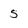
Character: 5